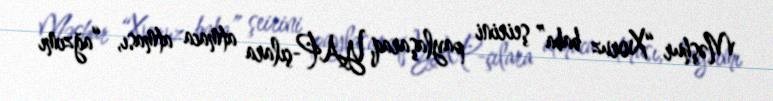
Məşhur “Xoruz baba” şeirini paylaşaraq, YAP-çılara atmaca atması, “ağzımı